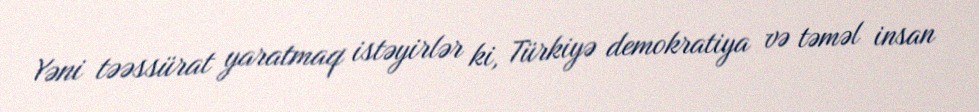
Yəni təəssürat yaratmaq istəyirlər ki, Türkiyə demokratiya və təməl insan